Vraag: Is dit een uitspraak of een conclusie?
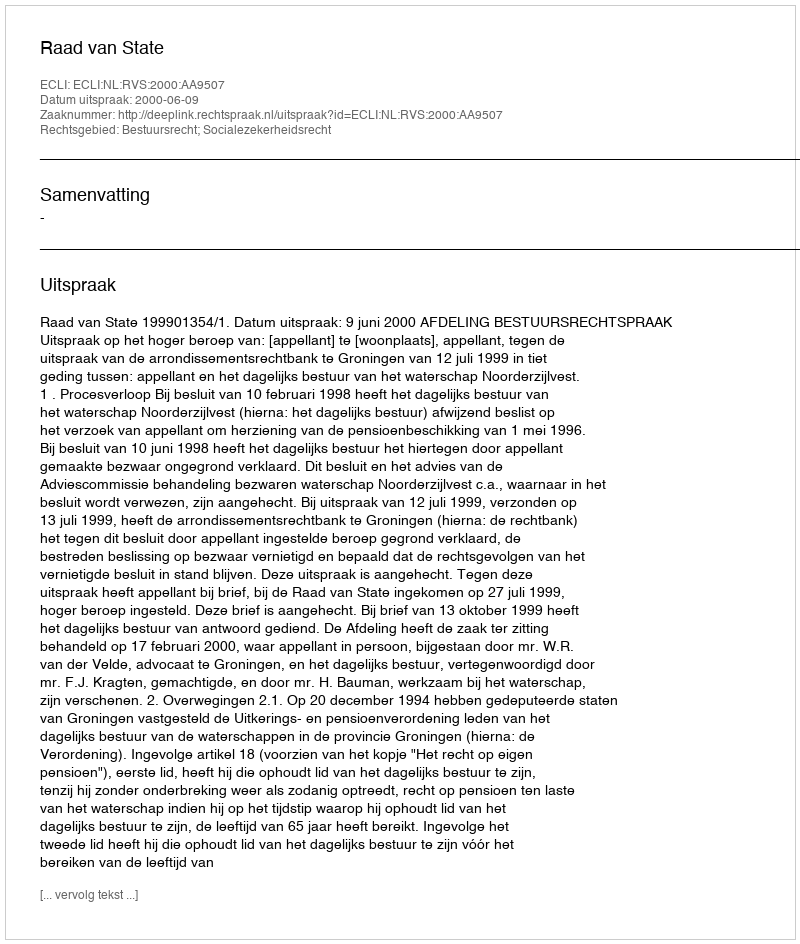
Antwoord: Uitspraak